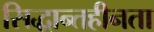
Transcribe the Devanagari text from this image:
सिद्धान्तहीनता